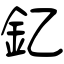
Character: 釔